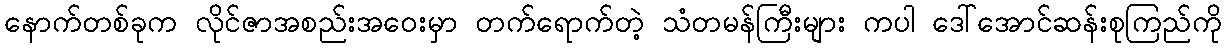
နောက်တစ်ခုက လိုင်ဇာအစည်းအဝေးမှာ တက်ရောက်တဲ့ သံတမန်ကြီးများ ကပါ ဒေါ်အောင်ဆန်းစုကြည်ကို